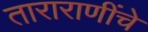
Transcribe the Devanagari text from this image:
ताराराणींचे